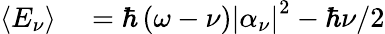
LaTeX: \begin{array}{rl}{\left<E_{\nu}\right>}&{{}=\hbar\left(\omega-\nu\right)\left|\alpha_{\nu}\right|^{2}-\hbar\nu/2}\end{array}